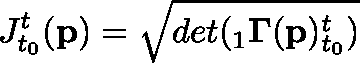
J _ { t _ { 0 } } ^ { t } ( \mathbf { p } ) = \sqrt { d e t ( { } _ { 1 } \mathbf { \Gamma } ( \mathbf { p } ) _ { t _ { 0 } } ^ { t } ) }